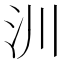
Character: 汌